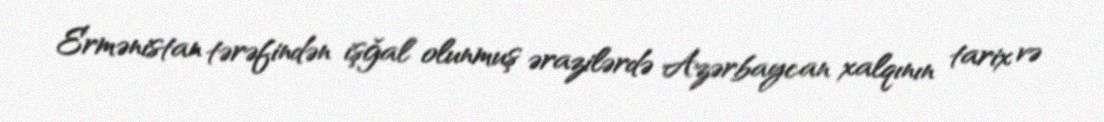
Ermənistan tərəfindən işğal olunmuş ərazilərdə Azərbaycan xalqının tarix və